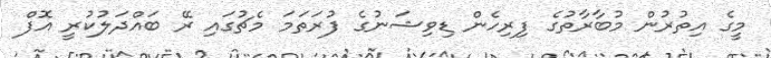
މީގެ އިތުރުން މުބާރާތުގެ ފިރިހެން ޑިވިޝަނުގެ ފުރަތަމަ މެޗުގައި ރޭ ބައްދަލުކުރީ އޮފް